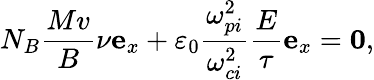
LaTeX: N_{B}\frac{Mv}{B}\nu\mathbf{e}_{x}+\varepsilon_{0}\frac{\omega_{pi}^{2}}{\omega_{ci}^{2}}\frac{E}{\tau}\mathbf{e}_{x}=\mathbf{0},